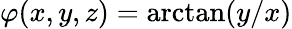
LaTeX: \varphi(x,y,z)=\arctan(y/x)